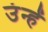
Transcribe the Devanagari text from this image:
उंन्हें